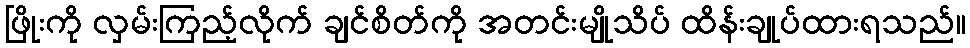
ဖြိုးကို လှမ်းကြည့်လိုက် ချင်စိတ်ကို အတင်းမျိုသိပ် ထိန်းချုပ်ထားရသည်။